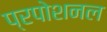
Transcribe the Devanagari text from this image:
प्रपोशनल